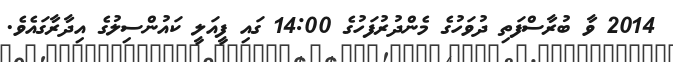
2014 ވާ ބުރާސްފަތި ދުވަހުގެ މެންދުރުފަހުގެ 14:00 ގައި ފީއަލީ ކައުންސިލުގެ އިދާރާގައެވެ.